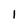
Character: 1